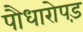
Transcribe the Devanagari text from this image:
पौधारोपड़